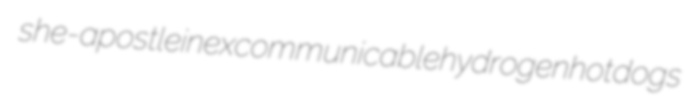
she-apostle inexcommunicable hydrogen hotdogs